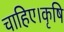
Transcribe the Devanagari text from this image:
चाहिए।कृषि